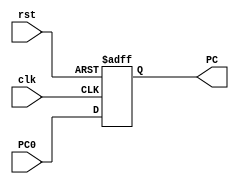
module Program_Counter(
input clk,rst,
input [31:0] PC0,
output reg [31:0] PC
);
always@(posedge clk or negedge rst)
  begin
if(!rst)
   PC<=32'h0;
else
   PC<=PC0;
   end
endmodule